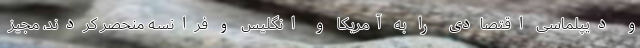
و دیپلماسی اقتصادی را به آمریکا و انگلیس و فرانسه منحصر کردند، مجیز